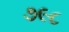
૭૯૮